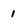
Character: i